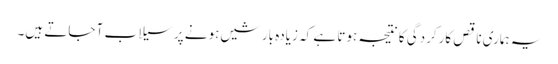
یہ ہماری ناقص کارکردگی کا نتیجہ ہوتا ہے کہ زیادہ بارشیں ہونے پر سیلاب آ جاتے ہیں۔